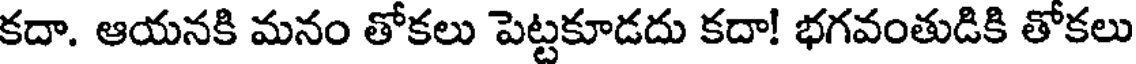
కదా. ఆయనకి మనం తోకలు పెట్టకూడదు కదా! భగవంతుడికి తోకలు